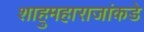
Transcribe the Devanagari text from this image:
शाहुमहाराजांकडे